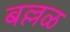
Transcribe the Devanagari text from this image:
बल्लळ